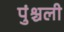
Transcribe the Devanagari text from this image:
पुंश्चली